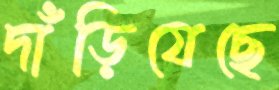
দাঁড়িযেছে